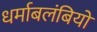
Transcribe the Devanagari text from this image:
धर्माबलंबियों